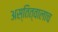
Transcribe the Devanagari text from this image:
अस्तित्वालाच